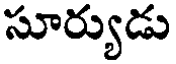
సూర్యుడు